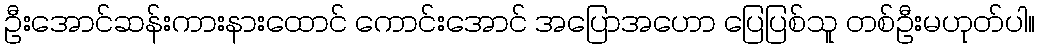
ဦးအောင်ဆန်းကားနားထောင် ကောင်းအောင် အပြောအဟော ပြေပြစ်သူ တစ်ဦးမဟုတ်ပါ။